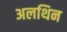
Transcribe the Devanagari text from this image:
अलथिन